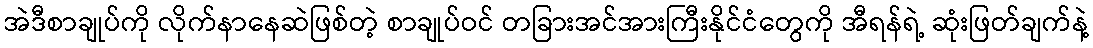
အဲဒီစာချုပ်ကို လိုက်နာနေဆဲဖြစ်တဲ့ စာချုပ်ဝင် တခြားအင်အားကြီးနိုင်ငံတွေကို အီရန်ရဲ့ ဆုံးဖြတ်ချက်နဲ့